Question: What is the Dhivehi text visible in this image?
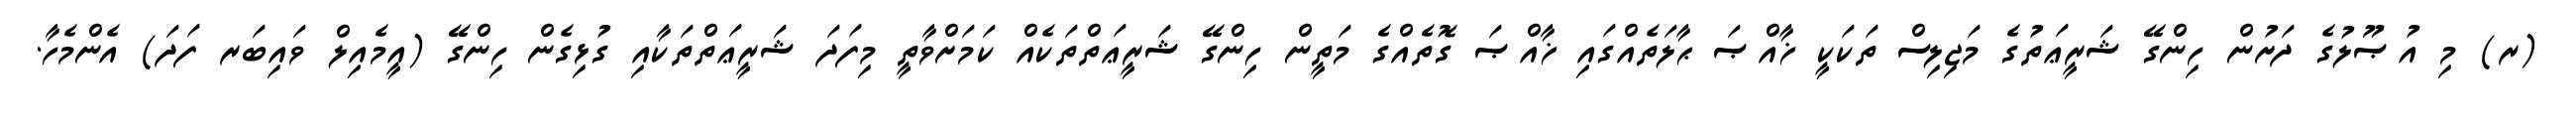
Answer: (ރ) މި އުޞޫލުގެ ދަށުން ހިންގޭ ޝަރީޢަތުގެ މަޖިލިސް ތަކަކީ ޚާއްޞަ ޙާލަތެއްގައި ޚާއްޞަ ގޮތެއްގެ މަތީން ހިންގޭ ޝަރީޢަތްތަކެއް ކަމަށްވާތީ މިފަދަ ޝަރީޢަތްތަކާއި ގުޅިގެން ހިންގޭ (އީމެއިލް ވައިބަރ ފަދަ) އެންމެހާ.